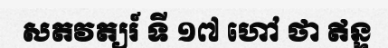
សតវត្យរ៍ ទី ១៧ ហៅ ថា ឥន្ទ